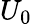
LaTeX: U_{0}